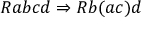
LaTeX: R a b c d \Rightarrow R b ( a c ) d